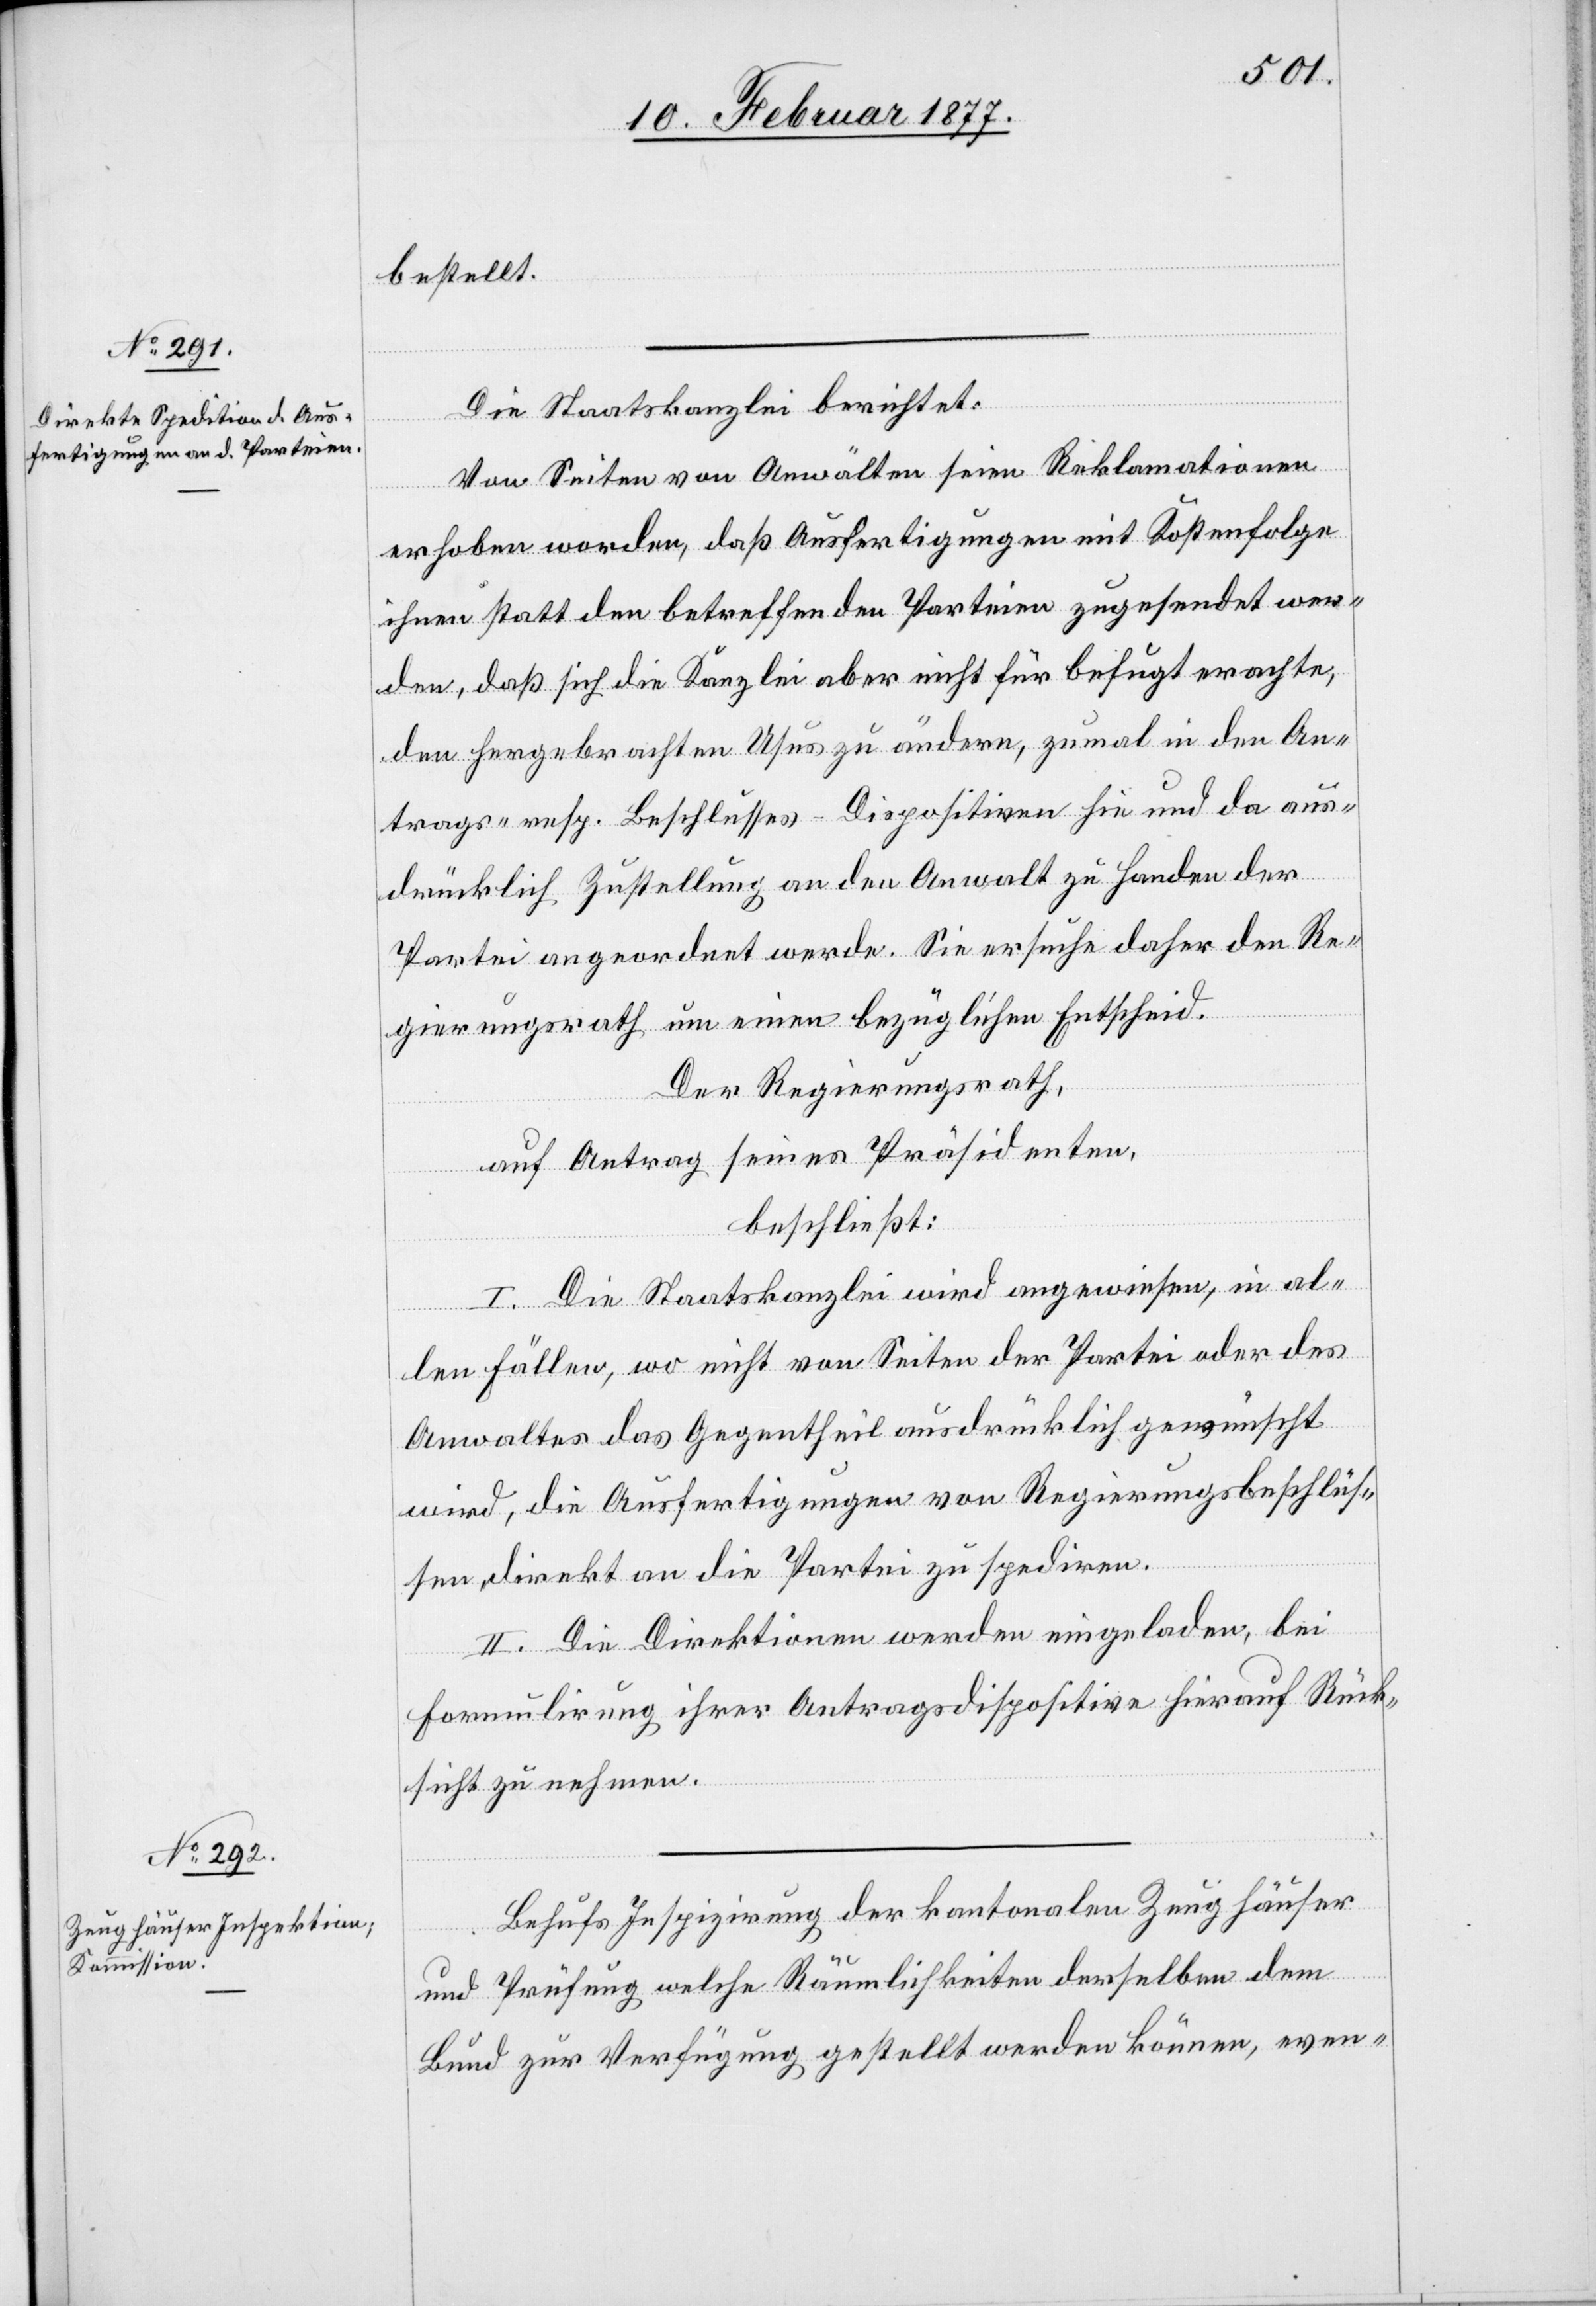
bestellt.
Die Staatskanzlei berichtet:
Von Seiten von Anwälten seien Reklamationen
erhoben worden, daß Auslieferungen mit Kostenfolge
ihnen statt den betreffenden Parteien zugesendet wer¬
den, daß sich die Kanzlei aber nicht für befugt erachte,
den hergebrachten Usus zu ändern, zumal in den An¬
trags- resp. Beschlusses-Dispositiven hie und da aus¬
drücklich Zustellung an den Anwalt zu Handen der
Partei angeordnet werde. Sie ersuche daher den Re¬
gierungsrath um einen bezüglichen Entscheid.
Der Regierungsrath,
auf Antrag seines Präsidenten,
beschließt:
I. Die Staatskanzlei wird angewiesen, in al¬
len Fällen, wo nicht von Seiten der Partei oder des
Anwaltes das Gegentheil ausdrücklich gewünscht
wird, die Ausfertigungen von Regierungsbeschlüs¬
sen direkt an die Partei zu spediren.
II. Die Direktionen werden eingeladen, bei
Formulirung ihrer Antragsdispositive hierauf Rück¬
sicht zu nehmen.
Behufs Inspizirung der kantonalen Zeughäuser
und Prüfung welche Räumlichkeiten derselben dem
Bund zur Verfügung gestellt werden können, even-